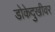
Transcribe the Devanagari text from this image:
डोकेदुखीवर